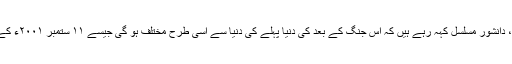
اور ایک بات جس سے ہمیں بھی اتفاق ہے، دانشور مسلسل کہہ رہے ہیں کہ اس جنگ کے بعد کی دنیا پہلے کی دنیا سے اسی طرح مختلف ہو گی جیسے ۱۱ ستمبر ۲۰۰۱ء کے بعد کی دنیا پہلے سے قطعی مختلف تھی۔